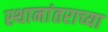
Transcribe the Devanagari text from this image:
स्थानांतराच्या